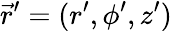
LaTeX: \vec{r}^{\prime}=(r^{\prime},\phi^{\prime},z^{\prime})